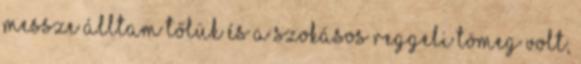
messze álltam tőlük és a szokásos reggeli tömeg volt,